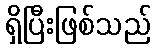
ရှိပြီးဖြစ်သည်